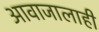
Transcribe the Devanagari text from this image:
आवाजालाही